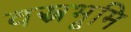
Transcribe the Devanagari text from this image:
वस्त्रभूमि